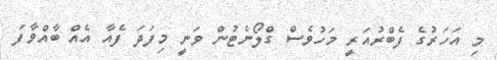
މި އަހަރުގެ ފެބްރުއަރީ މަހުވެސް ގްލޯނެޓުން ވަނީ މިފަދަ ފެއާ އެއް ބާއްވާފަ